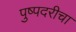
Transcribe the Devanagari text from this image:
पुष्पदरीचा